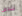
شخص